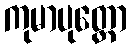
ကုမာပုတ္တော